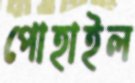
পোহাইল